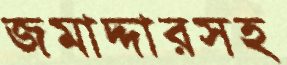
জমাদ্দারসহ